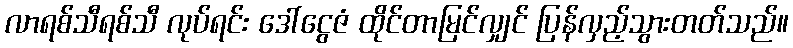
လာရစ်သီရစ်သီ လုပ်ရင်း ဒေါ်ငွေဇံ ထိုင်တာမြင်လျှင် ပြန်လှည့်သွားတတ်သည်။